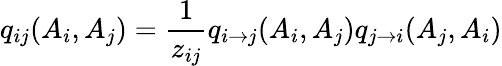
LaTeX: q_{ij}(A_{i},A_{j})=\frac{1}{z_{ij}}q_{i\rightarrow j}(A_{i},A_{j})q_{j\rightarrow i}(A_{j},A_{i})